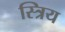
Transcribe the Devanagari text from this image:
स्त्रिय